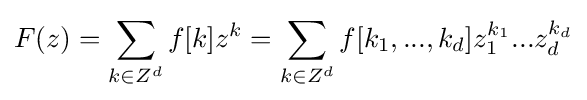
F(z)=\sum _{k\in Z^{d}}f[k]z^{k}=\sum _{k\in Z^{d}}f[k_{1},...,k_{d}]z_{1}^{k_{1}}...z_{d}^{k_{d}}